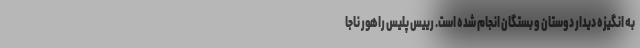
به انگیزه دیدار دوستان و بستگان انجام شده است. رییس پلیس راهور ناجا